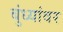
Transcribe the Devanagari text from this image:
बुंध्यांवर